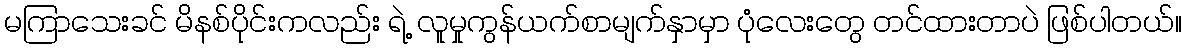
မကြာသေးခင် မိနစ်ပိုင်းကလည်း ရဲ့ လူမှုကွန်ယက်စာမျက်နှာမှာ ပုံလေးတွေ တင်ထားတာပဲ ဖြစ်ပါတယ်။